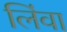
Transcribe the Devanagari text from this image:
लिंवा